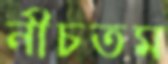
নীচতম